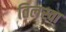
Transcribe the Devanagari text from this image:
तिलस्वा